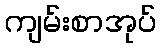
ကျမ်းစာအုပ်